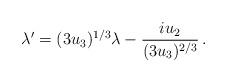
LaTeX: \begin{align*} \lambda'=(3u_3)^{1/3}\lambda -\frac{iu_2}{(3u_3)^{2/3}}\, .\end{align*}